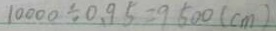
1 0 0 0 \div 0 . 9 5 = 9 5 0 0 ( c m )